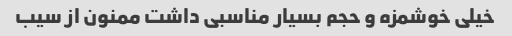
خیلی خوشمزه و حجم بسیار مناسبی داشت ممنون از سیب